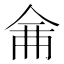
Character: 𠉙